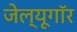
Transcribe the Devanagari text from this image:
जेल्यूगॉर